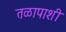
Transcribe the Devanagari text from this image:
तळापाशी